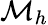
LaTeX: \mathcal{M}_{h}